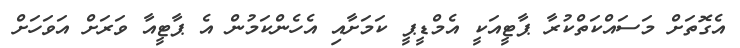
އެގޮތަށް މަސައްކަތްކުރާ ޕާޓީއަކީ އެމްޑީޕީ ކަމަށާއި އެހެންކަމުން އެ ޕާޓީއާ ވަރަށް އަވަހަށް